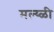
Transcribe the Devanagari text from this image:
मल्य्ळी